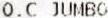
O.C JUMBO